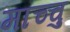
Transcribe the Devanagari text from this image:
माच्चु